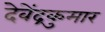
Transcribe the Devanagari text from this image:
देवेंद्रकुमार